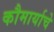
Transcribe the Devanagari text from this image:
कौमार्याचे